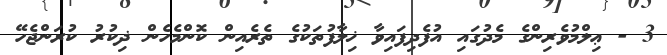
3 - ޢިލްމުވެރިންގެ މެދުގައި އުފެދިފައިވާ ޚިލާފުތަކުގެ ތެރެއިން ކޮންމެހެން ޛިކުރު ކުރަންޖެހޭ